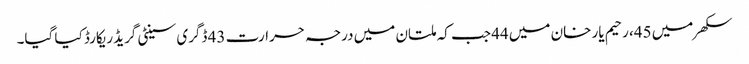
سکھر میں 45، رحیم یار خان میں 44 جب کہ ملتان میں درجہ حرارت 43 ڈگری سینٹی گریڈ ریکارڈ کیا گیا۔